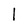
Character: 1